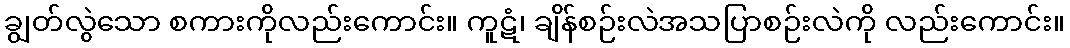
ချွတ်လွဲသော စကားကိုလည်းကောင်း။ ကူဋံ၊ ချိန်စဉ်းလဲအသပြာစဉ်းလဲကို လည်းကောင်း။